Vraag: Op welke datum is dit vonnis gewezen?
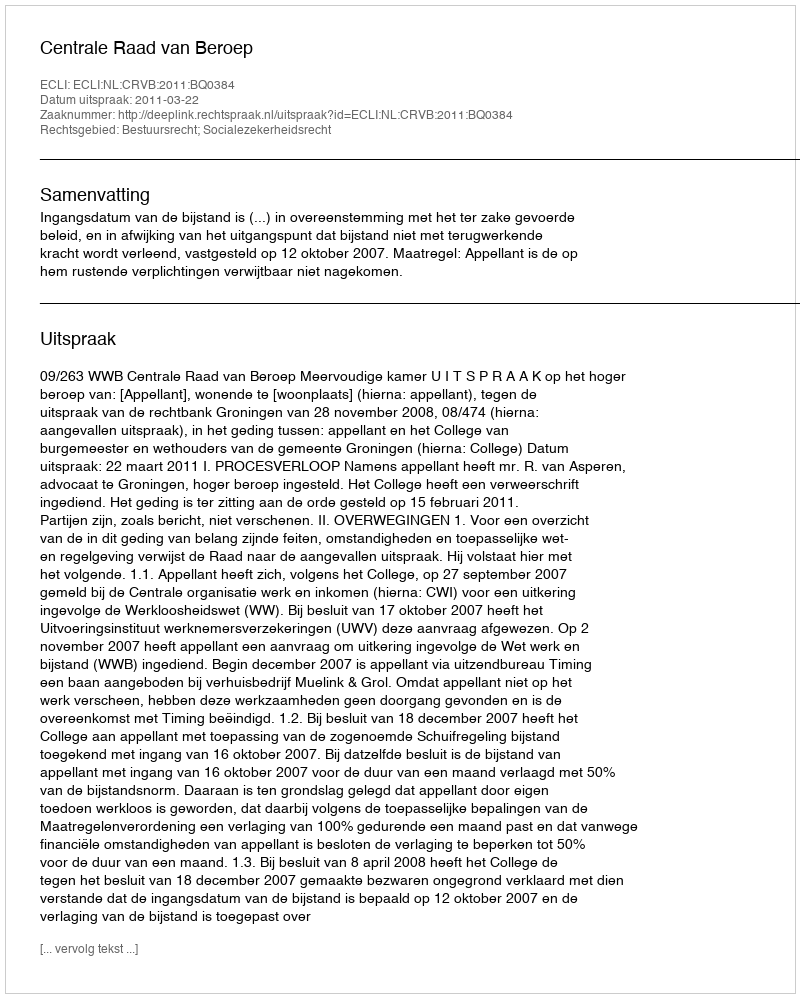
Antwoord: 2011-03-22